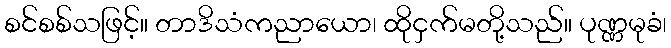
စင်စစ်သဖြင့်။ တာဒိသံကညာယော၊ ထိုငှက်မတို့သည်။ ပုဏ္ဏမုခံ၊